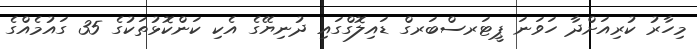
މިހާރު ކުރިއަށްދާ ހަވަނަ ޕީޓަރސްބަރގް ޑައިލޮގްގައި ދުނިޔޭގެ އެކި ކަންކޮޅުތަކުގެ 35 ގައުމެއްގެ